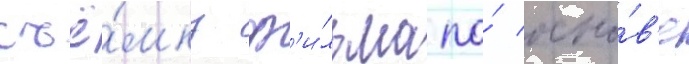
съё́мку ф'и́льма по́ осно́в'е